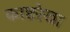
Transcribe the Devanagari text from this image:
काष्टरेखा